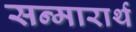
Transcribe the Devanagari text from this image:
सन्मारार्थ